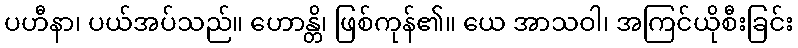
ပဟီနာ၊ ပယ်အပ်သည်။ ဟောန္တိ၊ ဖြစ်ကုန်၏။ ယေ အာသဝါ၊ အကြင်ယိုစီးခြင်း